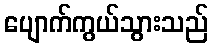
ပျောက်ကွယ်သွားသည်